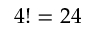
4 ! = 2 4